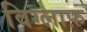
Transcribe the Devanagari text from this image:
विग्लाफ़